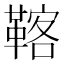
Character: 𩋽